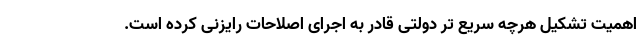
اهمیت تشکیل هرچه سریع تر دولتی قادر به اجرای اصلاحات رایزنی کرده است.